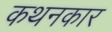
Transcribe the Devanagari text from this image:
कथनकार